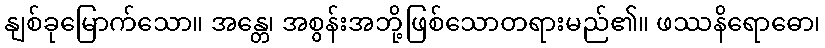
နျစ်ခုမြောက်သော။ အန္တေ၊ အစွန်းအဘို့ဖြစ်သောတရားမည်၏။ ဖဿနိရောဓော၊